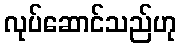
လုပ်ဆောင်သည်ဟု